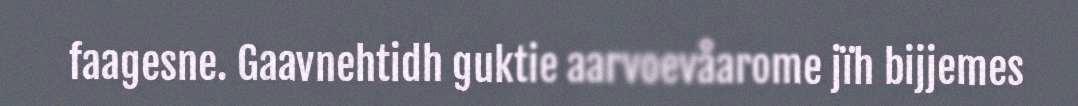
faagesne. Gaavnehtidh guktie aarvoevåarome jïh bijjemes